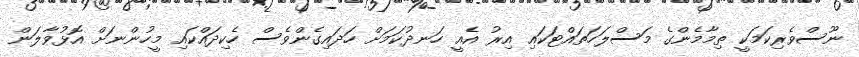
ނޫސްވެރިކަމަކީ ތިމާމެންގެ މަސްލަހަތައްޓަކައި އިރު އެއީ ހަނދުކަމަށް ހަދައިގެންވެސް ހެކިދައްކައި މީހުންނަށް އޮޅުވާލަން